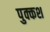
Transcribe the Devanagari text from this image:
पुक्कश